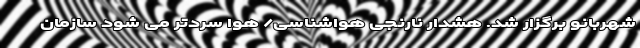
شهربانو برگزار شد. هشدار نارنجی هواشناسی/ هوا سردتر می شود سازمان